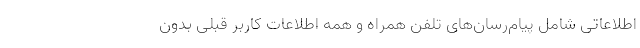
اطلاعاتی شامل پیام‌رسان‌های تلفن همراه و همه اطلاعات کاربر قبلی بدون